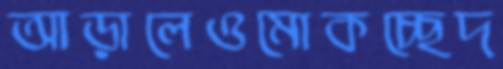
আড়ালেওমোকচ্ছেদ